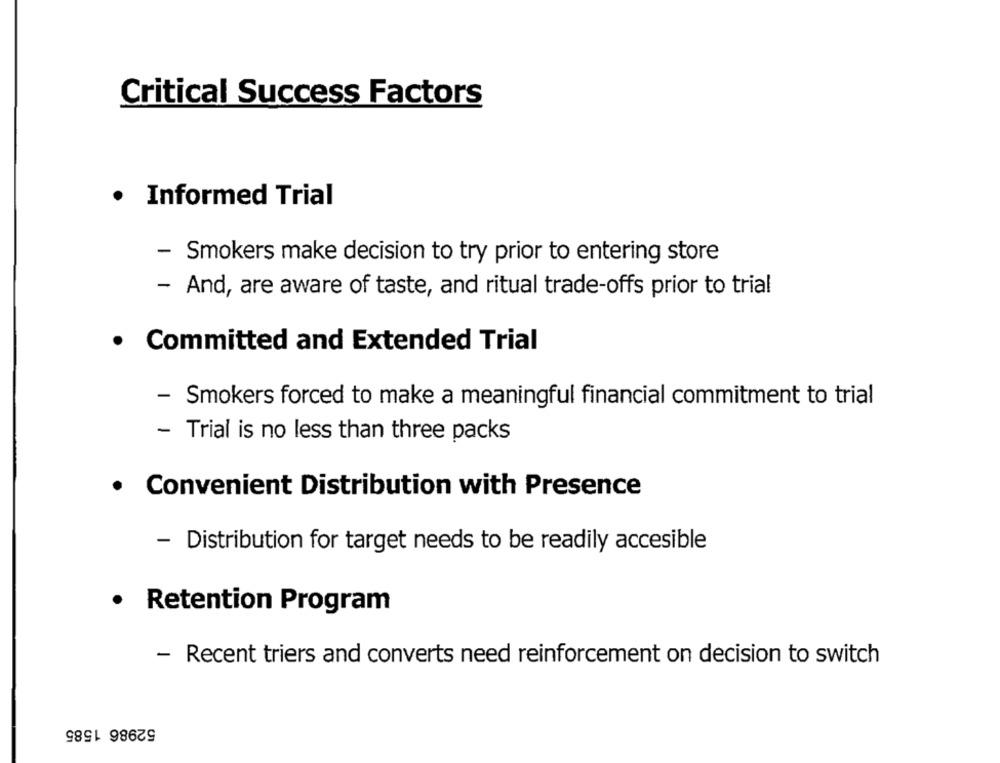
Critical Success Factors
· Informed Trial
- Smokers make decision to try prior to entering store
- And, are aware of taste, and ritual trade-offs prior to trial
· Committed and Extended Trial
- Smokers forced to make a meaningful financial commitment to trial
- Trial is no less than three packs
· Convenient Distribution with Presence
- Distribution for target needs to be readily accesible
.
Retention Program
- Recent triers and converts need reinforcement on decision to switch
52986 1585